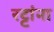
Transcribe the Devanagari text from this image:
रट्टांना